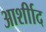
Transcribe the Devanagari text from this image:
आर्शीाद